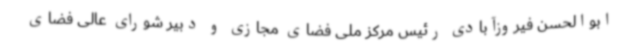
ابوالحسن فیروزآبادی رئیس مرکز ملی فضای مجازی و دبیر شورای عالی فضای